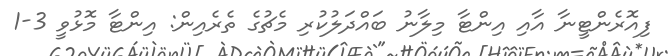
ފިއޮރެންޓީނާ އާއި އިންޓާ މިލާނު ބައްދަލުކުރި މެޗުގެ ތެރެއިން: އިންޓާ މޮޅުވީ 3-1